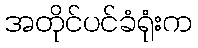
အတိုင်ပင်ခံရုံးက